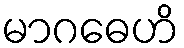
မာဂဓေဟိ